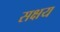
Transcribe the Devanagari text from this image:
सक्षय